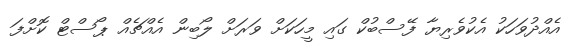
އެއްދުވަހަކު އެކުވެރިޔާ ފޭސްބުކް ގައި މީހަކަށް ވަރަށް ލޯބިން އެއްޗެއް ޕޯސްޓް ކޮށްފަ